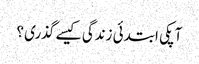
آپکی ابتدئی زندگی کیسے گذری ؟